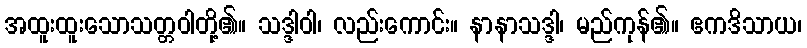
အထူးထူးသောသတ္တဝါတို့၏။ သဒ္ဒါဝါ၊ လည်းကောင်း။ နာနာသဒ္ဒါ၊ မည်ကုန်၏။ ဧကဒိသာယ၊